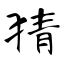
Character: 猜